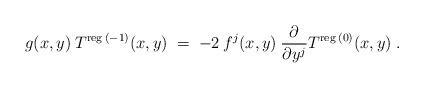
LaTeX: \begin{align*}g(x,y) \:T^{\mbox{\scriptsize{reg}}\:(-1)}(x,y) \;=\; -2 \:f^j(x,y) \:\frac{\partial}{\partial y^j} T^{\mbox{\scriptsize{reg}}\:(0)}(x,y) \;. \end{align*}